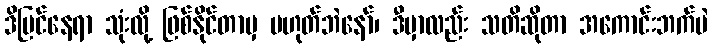
ဒိပြင်နေရာ သုံးလို့ ဖြစ်နိုင်တာမှ မဟုတ်ဘဲနော်၊ ဒီမှာလည်း သတိဆိုတာ အကောင်းဘက်ပဲ